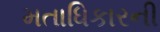
મતાધિકારની